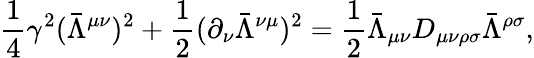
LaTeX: \frac{1}{4}\gamma^{2}(\bar{\Lambda}^{\mu\nu})^{2}+\frac{1}{2}(\partial_{\nu}\bar{\Lambda}^{\nu\mu})^{2}=\frac{1}{2}\bar{\Lambda}_{\mu\nu}D_{\mu\nu\rho\sigma}\bar{\Lambda}^{\rho\sigma},